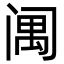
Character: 䦸